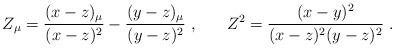
LaTeX: \begin{align*}Z_{ \mu } = \frac{(x-z)_{\mu}}{(x-z)^2} - \frac{(y-z)_{\mu}}{(y-z)^2} \; \mbox{,}\hspace{0.8cm} Z^2 = \frac{(x-y)^2}{ (x-z)^2 (y-z)^2} \; \mbox{.} \end{align*}